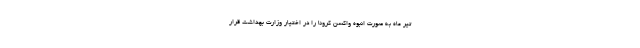
تیر ماه به صورت انبوه واکسن کرونا را در اختیار وزارت بهداشت قرار